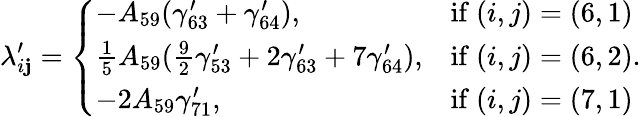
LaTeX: \lambda_{i\mathbf{j}}^{\prime}=\left\{ \begin{array}{ll}{-A_{59}(\gamma_{63}^{\prime}+\gamma_{64}^{\prime}),}&{\mathrm{if~}(i,j)=(6,1)}\\ {\frac{1}{5}A_{59}(\frac{9}{2}\gamma_{53}^{\prime}+2\gamma_{63}^{\prime}+7\gamma_{64}^{\prime}),}&{\mathrm{if~}(i,j)=(6,2)}\\ {-2A_{59}\gamma_{71}^{\prime},}&{\mathrm{if~}(i,j)=(7,1)}\end{array}\right..